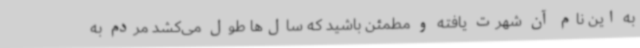
به این نام آن شهرت یافته و مطمئن باشید که سال‌ها طول می‌کشد مردم به